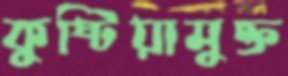
কুষ্টিয়ামুক্ত